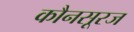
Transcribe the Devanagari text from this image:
कौनसूरज